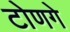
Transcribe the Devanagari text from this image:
टोणगे